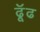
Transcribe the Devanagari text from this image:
ढूॅढ